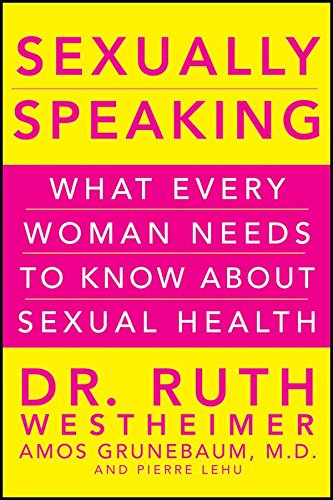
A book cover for Sexually Speaking: What Every Woman Needs to Know about Sexual Health; Ruth  K. Westheimer; Health, Fitness & Dieting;